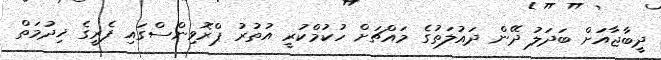
ދީބާޖާއަށް ބަދަލު ދޭން ދައުލަތުގެ މައްޗަށް ހުކުމްކުރީ އުތުރު ޕްރޮވިންސްގައި ފެރީގެ ޚިދުމަތް